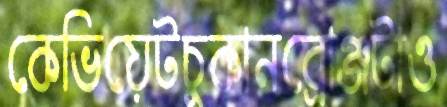
কেভিয়েটচুকানব্রোঞ্জটাও